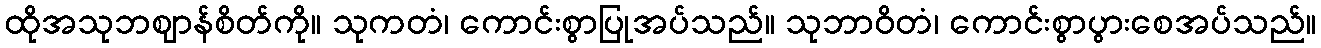
ထိုအသုဘဈာန်စိတ်ကို။ သုကတံ၊ ကောင်းစွာပြုအပ်သည်။ သုဘာဝိတံ၊ ကောင်းစွာပွားစေအပ်သည်။